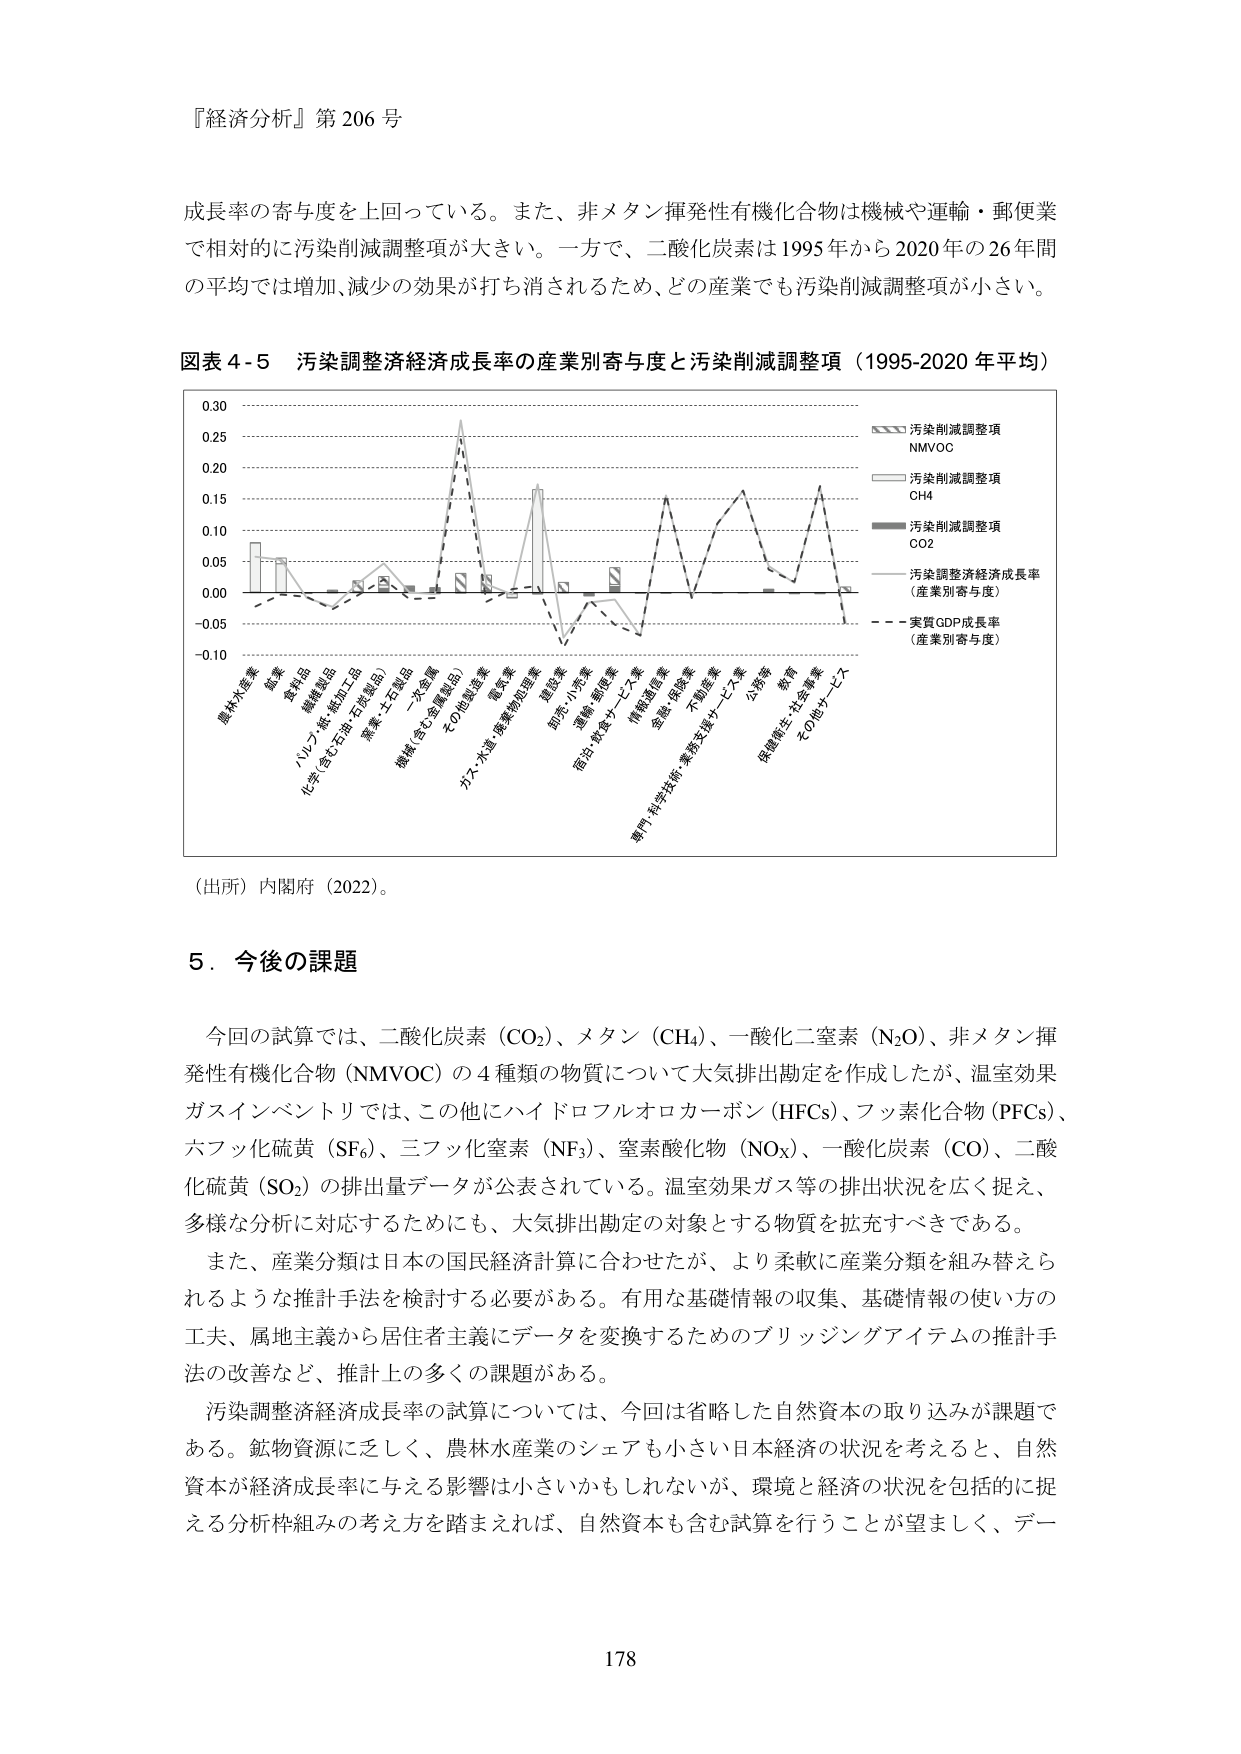
『経済分析』第 206 号

成長率の寄与度を上回っている。また、非メタン揮発性有機化合物は機械や運輸・郵便業で相対的に汚染削減調整項が大きい。一方で、二酸化炭素は1995年から2020年の26年間の平均では増加、減少の効果が打ち消されるため、どの産業でも汚染削減調整項が小さい。

図表 4-5 汚染調整経済成長率の産業別寄与度と汚染削減調整項（1995-2020 年平均）

0.30
0.25
0.20
0.15
0.10
0.05
0.00
-0.05
-0.10

農林水産業
鉱業
製造業
繊維製品
パルプ・紙・紙加工品
化学・きら石油・石炭製品
窯業・土石製品
機械（含む金属製品）
二次金属
その他製造業
ガス・水道・廃棄物処理業
電気業
建設業
卸売・小売業
運輸・郵便業
宿泊・飲食サービス業
情報通信業
金融・保険業
不動産業
専門・科学技術・業務支援サービス業
公務等
教育
保健衛生・社会事業
その他サービス

汚染削減調整項
NMVOC
汚染削減調整項
CH4
汚染削減調整項
CO2
汚染調整経済成長率
（産業別寄与度）
実質GDP成長率
（産業別寄与度）

（出所）内閣府（2022）。

5．今後の課題

今回の試算では、二酸化炭素（CO₂）、メタン（CH₄）、一酸化二窒素（N₂O）、非メタン揮発性有機化合物（NMVOC）の4種類の物質について大気排出勘定を作成したが、温室効果ガスインベントリでは、この他にハイドロフルオロカーボン（HFCs）、フッ素化合物（PFCs）、六フッ化硫黄（SF₆）、三フッ化窒素（NF₃）、窒素酸化物（NOx）、一酸化炭素（CO）、二酸化硫黄（SO₂）の排出量データが公表されている。温室効果ガス等の排出状況を広く捉え、多様な分析に対応するためにも、大気排出勘定の対象とする物質を拡充すべきである。

また、産業分類は日本の国民経済計算に合わせたが、より柔軟に産業分類を組み替えられるような推計手法を検討する必要がある。有用な基礎情報の収集、基礎情報の使い方の工夫、属地主義から居住者主義にデータを変換するためのブリッジングアイテムの推計手法の改善など、推計上の多くの課題がある。

汚染調整経済成長率の試算については、今回は省略した自然資本の取り込みが課題である。鉱物資源に乏しく、農林水産業のシェアも小さい日本経済の状況を考えると、自然資本が経済成長率に与える影響は小さいかもしれないが、環境と経済の状況を包括的に捉える分析枠組みの考え方を踏まえれば、自然資本も含む試算を行うことが望ましく、デー

178